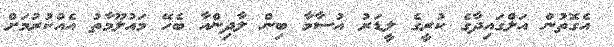
އެގޮތުން އަލްގައިދާގެ ކުރީގެ ލީޑަރު އުސާމާ ބިން ލާދިންއާ ބެހޭ މައުލޫމާތު އެއްކުރުމަށް